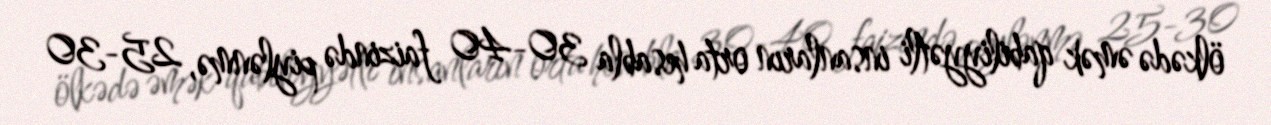
ölkədə əmək qabiliyyətli insanların orta hesabla 30-40 faizində piylənmə, 25-30